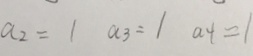
a _ { 2 } = 1 a _ { 3 } = 1 a 4 = 1